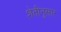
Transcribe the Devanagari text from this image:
शेतीनुसार